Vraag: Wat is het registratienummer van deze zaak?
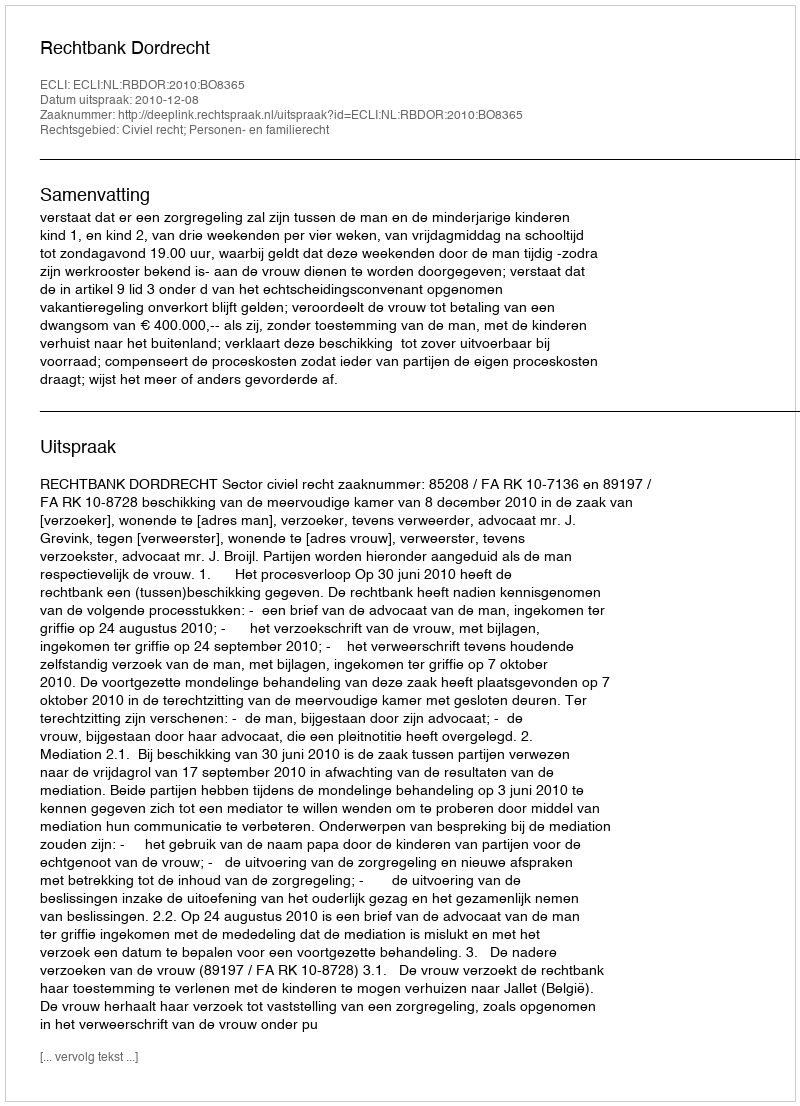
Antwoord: http://deeplink.rechtspraak.nl/uitspraak?id=ECLI:NL:RBDOR:2010:BO8365